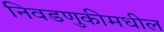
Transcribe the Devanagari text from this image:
निवडणुकीमधील